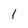
Character: 1